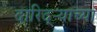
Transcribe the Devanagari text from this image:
दारिद्ऱ्याच्या